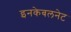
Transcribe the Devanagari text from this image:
इनकेबलनेट